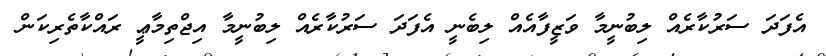
އެފަދަ ސަރުކާރެއް ލިބުނީމާ ވަޒީފާއެއް ލިބެނީ އެފަދަ ސަރުކާރެއް ލިބުނީމާ އިޖްތިމާޢީ ރައްކާތެރިކަން